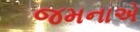
જમનાએ